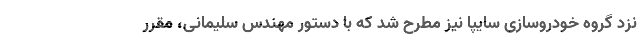
نزد گروه خودروسازی سایپا نیز مطرح شد که با دستور مهندس سلیمانی، مقرر